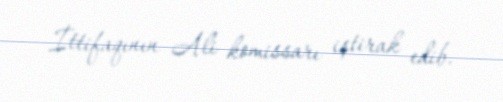
İttifaqının Ali komissarı iştirak edib.